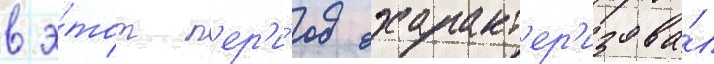
в э́тот п'ер'и́од охаракт'ер'изова́л